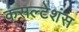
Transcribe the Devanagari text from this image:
कंसल्टेशंस